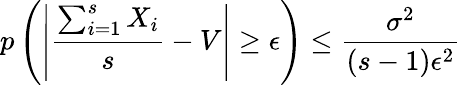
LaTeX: p\left(\left|\frac{\sum_{i=1}^{s}X_{i}}{s}-V\right|\geq\epsilon\right)\leq\frac{\sigma^{2}}{(s-1)\epsilon^{2}}